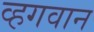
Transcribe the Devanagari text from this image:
व्हगवान